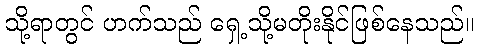
သို့ရာတွင် ဟက်သည် ရှေ့သို့မတိုးနိုင်ဖြစ်နေသည်။